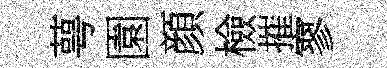
萼園顔檢摧寥